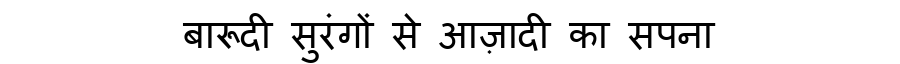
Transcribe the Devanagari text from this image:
बारूदी सुरंगों से आज़ादी का सपना